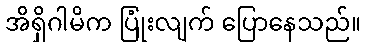
အိရှိဂါမိက ပြုံးလျက် ပြောနေသည်။